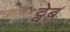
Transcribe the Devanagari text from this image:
ट्वेब